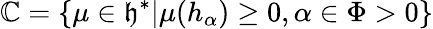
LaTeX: \mathbb{C}=\{ \mu\in{\mathfrak{{h}}}^{*}|\mu(h_{\alpha})\geq0,\alpha\in\Phi>0\}